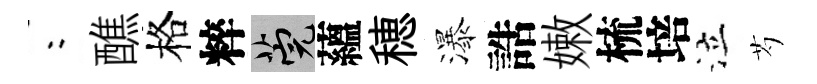
欸醮格粹筦蘊穂瀑誥嫩梳培泣芍